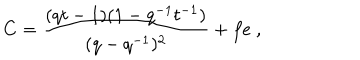
C = \frac { ( q t - 1 ) ( 1 - q ^ { - 1 } t ^ { - 1 } ) } { ( q - q ^ { - 1 } ) ^ { 2 } } + f e ~ ,